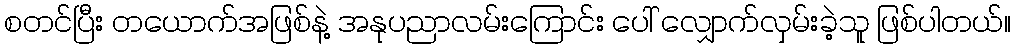
စတင်ပြီး တယောက်အဖြစ်နဲ့ အနုပညာလမ်းကြောင်း ပေါ် လျှောက်လှမ်းခဲ့သူ ဖြစ်ပါတယ်။